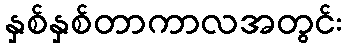
နှစ်နှစ်တာကာလအတွင်း